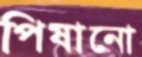
পিষানো